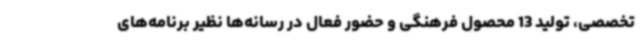
تخصصی، تولید 13 محصول فرهنگی و حضور فعال در رسانه‌ها نظیر برنامه‌های